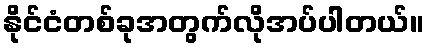
နိုင်ငံတစ်ခုအတွက်လိုအပ်ပါတယ်။